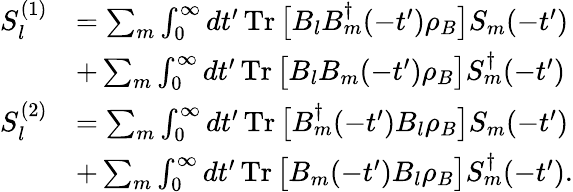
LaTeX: \begin{array}{rl}{S_{l}^{(1)}}&{=\sum_{m}\int_{0}^{\infty}dt^{\prime}\operatorname{Tr}\big[B_{l}B_{m}^{\dagger}(-t^{\prime})\rho_{B}\big]S_{m}(-t^{\prime})}\\ &{+\sum_{m}\int_{0}^{\infty}dt^{\prime}\operatorname{Tr}\big[B_{l}B_{m}(-t^{\prime})\rho_{B}\big]S_{m}^{\dagger}(-t^{\prime})}\\ {S_{l}^{(2)}}&{=\sum_{m}\int_{0}^{\infty}dt^{\prime}\operatorname{Tr}\big[B_{m}^{\dagger}(-t^{\prime})B_{l}\rho_{B}\big]S_{m}(-t^{\prime})}\\ &{+\sum_{m}\int_{0}^{\infty}dt^{\prime}\operatorname{Tr}\big[B_{m}(-t^{\prime})B_{l}\rho_{B}\big]S_{m}^{\dagger}(-t^{\prime}).}\end{array}